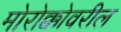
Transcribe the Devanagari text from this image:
मोरोक्कोवरील